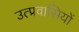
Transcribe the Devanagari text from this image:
उत्प्रवासियों